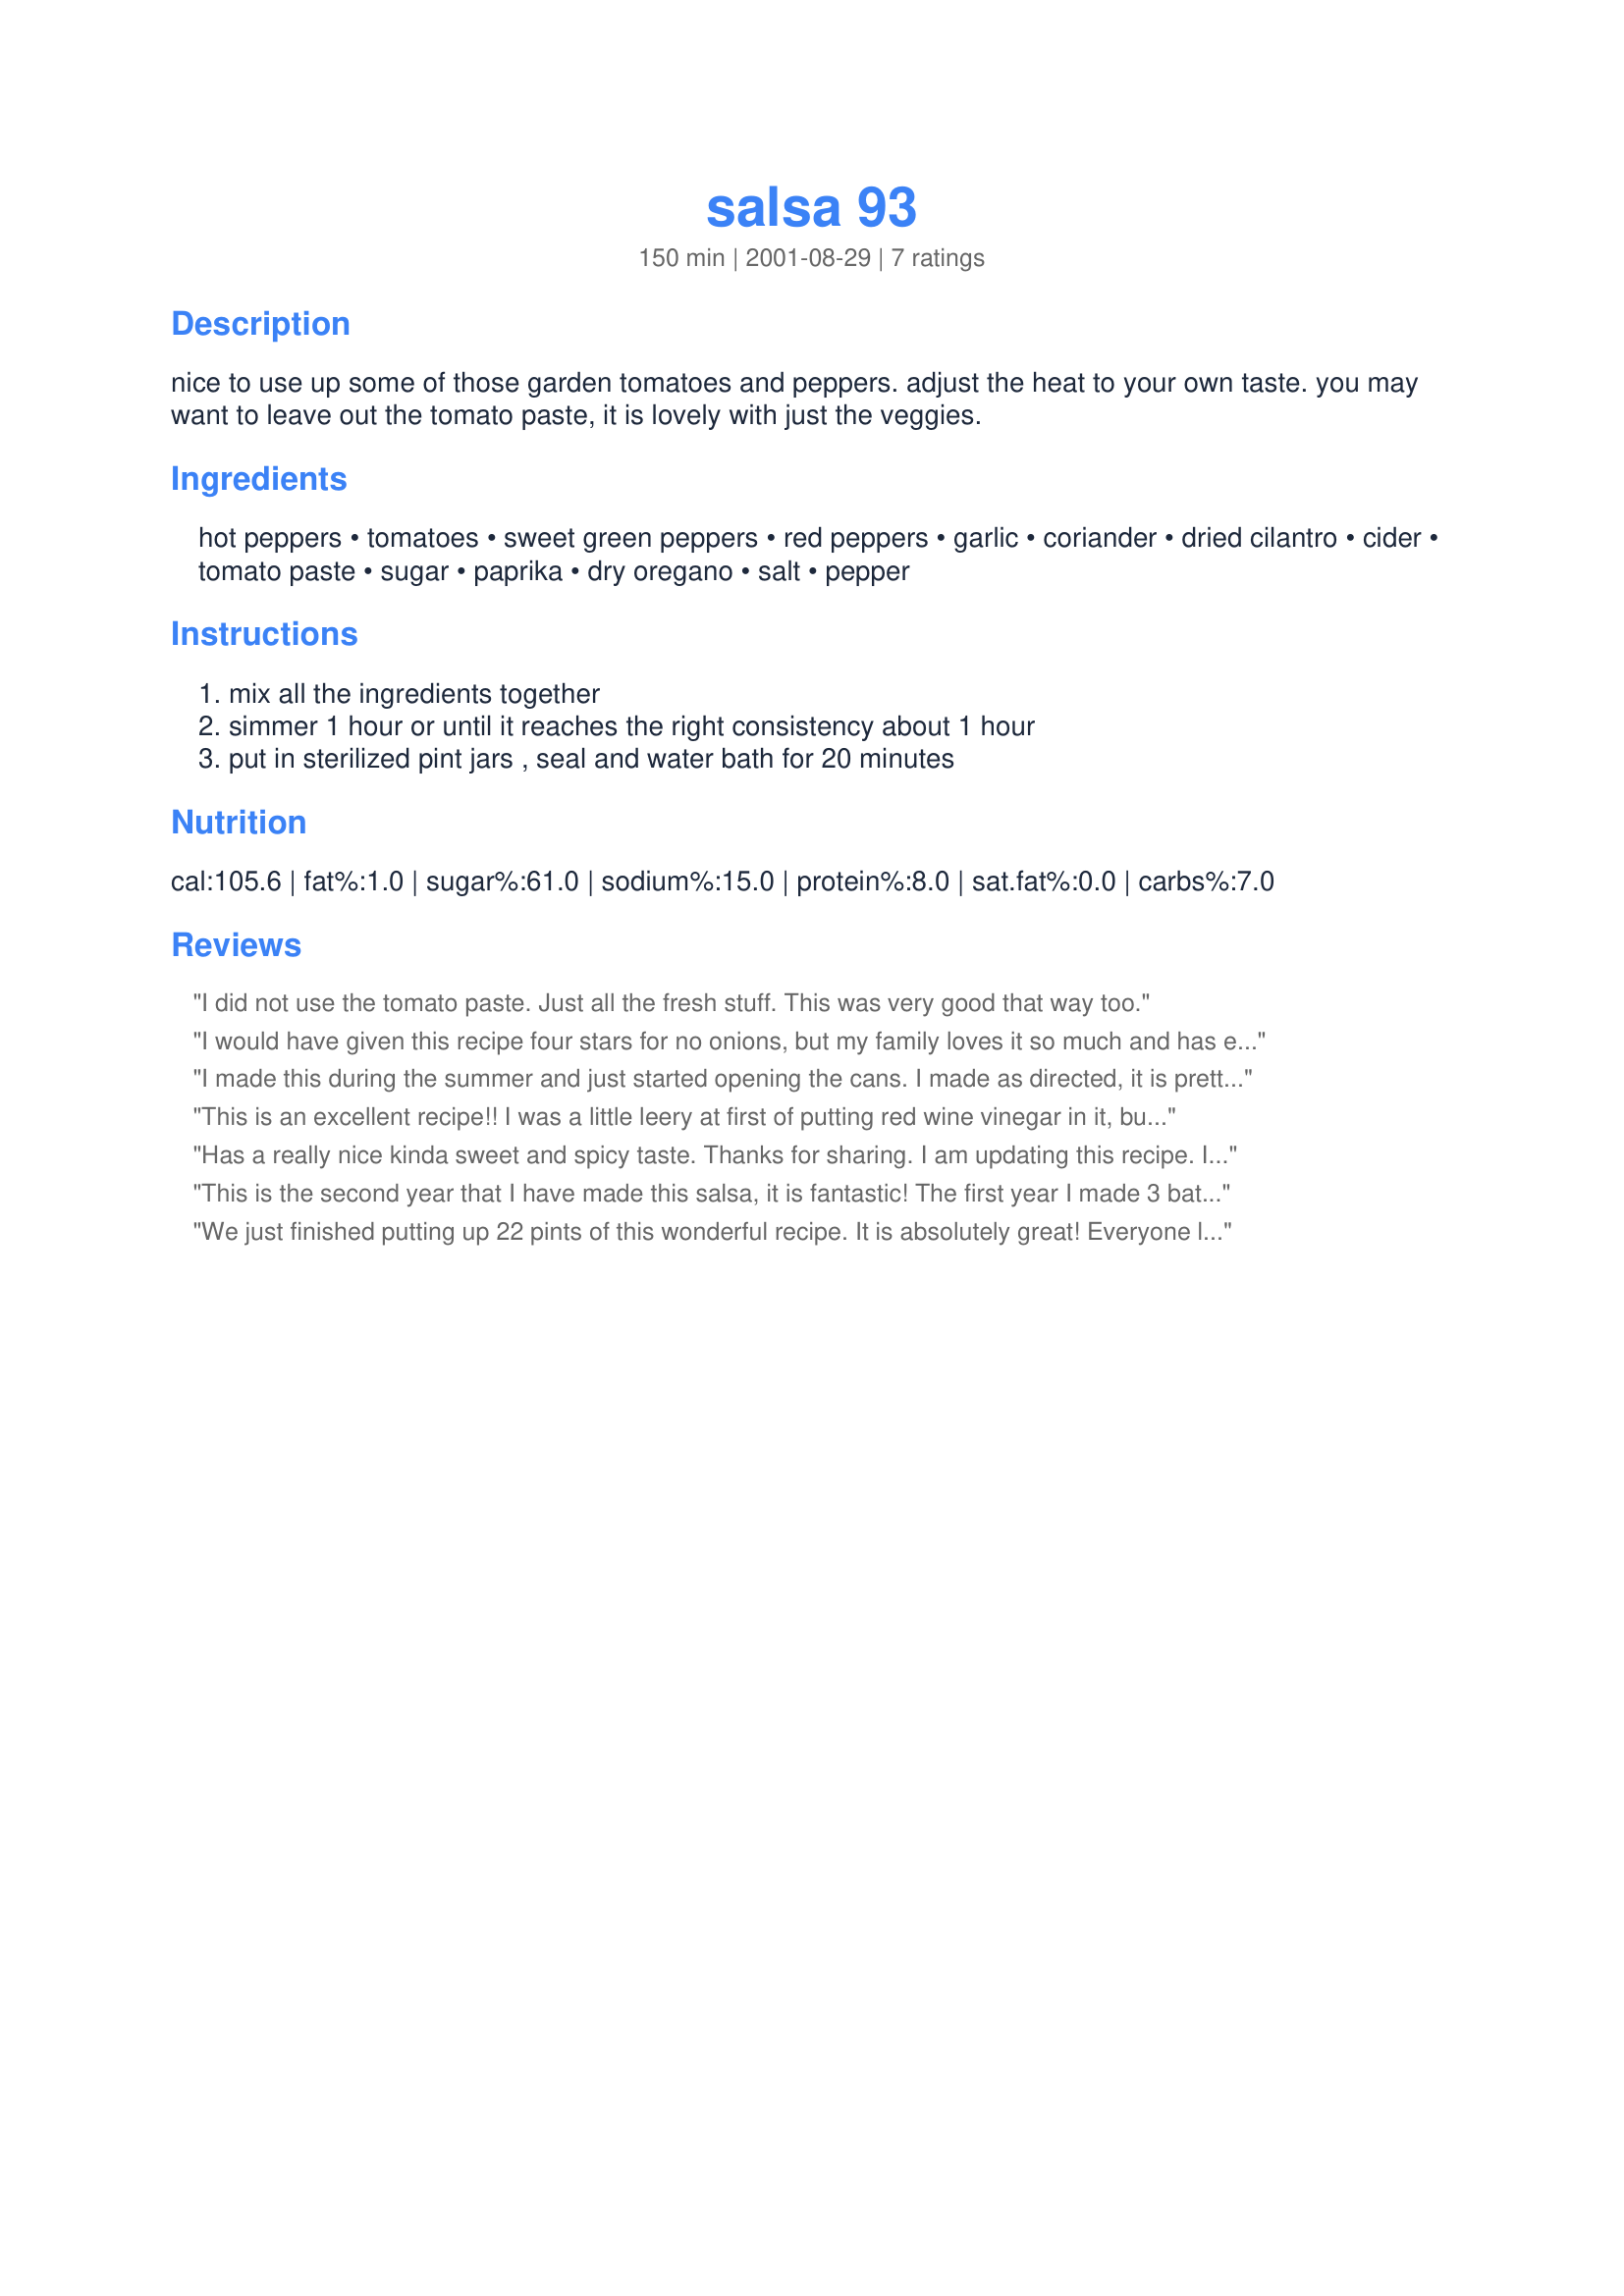
salsa 93
Preparation time: 150 minutes

nice to use up some of those garden tomatoes and peppers. adjust the heat to your own taste. you
may want to leave out the tomato paste, it is lovely with just the veggies.

Ingredients:
hot peppers, tomatoes, sweet green peppers, red peppers, garlic, coriander, dried cilantro, cider, tomato paste, sugar, paprika, dry oregano, salt, pepper

Steps:
mix all the ingredients together, simmer 1 hour or until it reaches the right consistency about 1 hour, put in sterilized pint jars , seal and water bath for 20 minutes

Reviews:
I did not use the tomato paste. Just all the fresh stuff. This was very good that way too.
I would have given this recipe four stars for no onions, but my family loves it so much and has eaten the first jar so quickly, how could I? It's fabulous...a little sweet with a lot of spice. I now know to double the recipe next time...thanks heaps for this one!
I made this during the summer and just started opening the cans. I made as directed, it is pretty good, but I don't think you really need the tomato paste. I think it was a little better when I first made it, sitting in the jars, it is still good, but seems to lack a little of the pizzazz I remember from the day I made it.
This is an excellent recipe!!
I was a little leery at first of putting red wine vinegar in it, but it came out SO good- my husband was upset that I put it away, and he's not a salsa fan at all!!!
I didn't end up putting the tomato paste in as I prefer the freshness of just the veggies. I put it in the fridge to meld overnight (much to the disappoitment of my dh) and we'll crack it open tomorrow at lunch time to give it another try! Thanks again for such a great recipe!!
Has a really nice kinda sweet and spicy taste. Thanks for sharing.

I am updating this recipe. I think I have ate almost all the jars I put up last year, myself. Just came in to make sure that I remember what recipe I used so I can put up some more this year and was surprised that I had only rated it 4 stars. This one is a keeper..very very good!!
This is the second year that I have made this salsa, it is fantastic! The first year I made 3 batches of it (at about 15 pounds per pot) and it didn't even last three months with my family. This year I am making 5 batches, maybe that will last 6 months! I did drain the tomatoes after chopping because they were very juicy and added 1/2 to one whole can more of tomato paste. It just depends on how you like your salsa, this recipe is easy to play with.
We just finished putting up 22 pints of this wonderful recipe. It is absolutely great! Everyone loves it. It gets 6 stars in our book!
